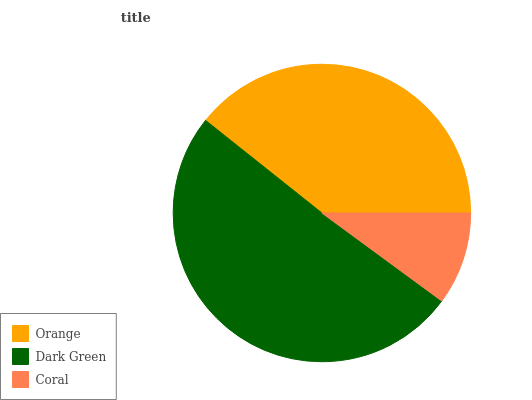
| Orange | Dark Green | Coral |
 | --- | --- | --- |
 | 39.3% | 50.6% | 10.1% |